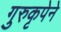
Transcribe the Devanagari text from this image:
गुरुकृपेने